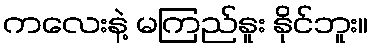
ကလေးနဲ့ မကြည်နူး နိုင်ဘူး။